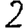
Digit: 2